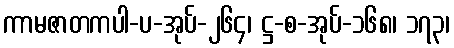
ကာမဇာတကပါ-ပ-အုပ်-၂၆၄၊ ဋ္ဌ-စ-အုပ်-၁၆၈၊ ၁၇၃၊